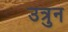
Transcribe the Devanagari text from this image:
उत्रुन